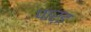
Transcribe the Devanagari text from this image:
पार्इ